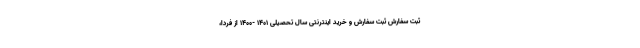
ثبت سفارش ثبت سفارش و خرید اینترنتی سال تحصیلی ۱۴۰۱ -۱۴۰۰ از فردا،